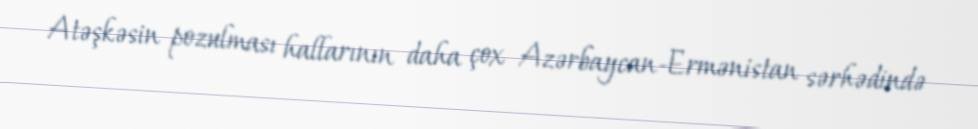
Atəşkəsin pozulması hallarının daha çox Azərbaycan-Ermənistan sərhədində